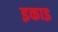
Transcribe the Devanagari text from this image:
इकाइ